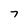
Character: 7